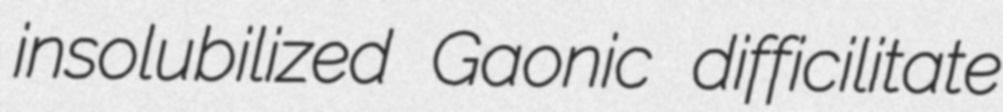
insolubilized Gaonic difficilitate